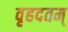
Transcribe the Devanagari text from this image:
वृहदतम्